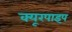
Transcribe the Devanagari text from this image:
क्‍यूरपाइप